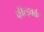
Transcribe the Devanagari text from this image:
फील्ड्वर्क